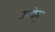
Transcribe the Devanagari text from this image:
उलीहातू